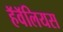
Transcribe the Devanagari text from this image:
हॅवॅलियस